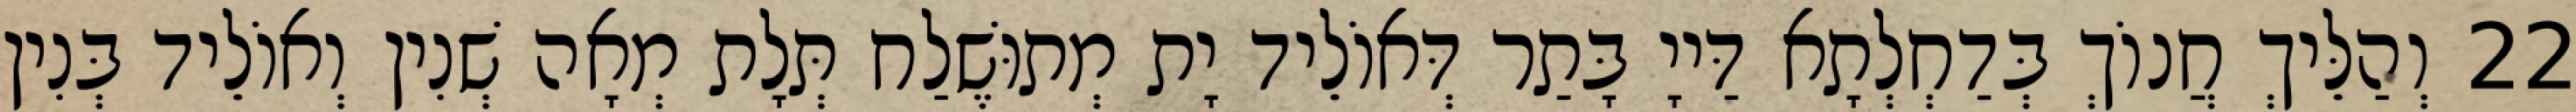
22 וְהַלֵּיךְ חֲנוֹךְ בְּדַחְלְתָא דַּייָ בָּתַר דְּאוֹלֵיד יָת מְתוּשֶׁלַח תְּלָת מְאָה שְׁנִין וְאוֹלֵיד בְּנִין